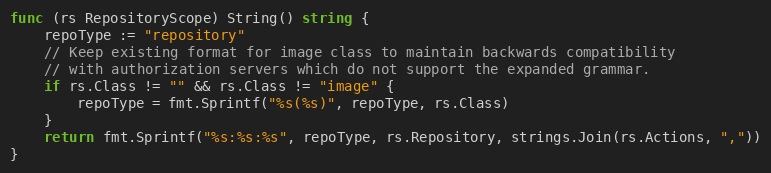
Language: Go
func (rs RepositoryScope) String() string {
	repoType := "repository"
	// Keep existing format for image class to maintain backwards compatibility
	// with authorization servers which do not support the expanded grammar.
	if rs.Class != "" && rs.Class != "image" {
		repoType = fmt.Sprintf("%s(%s)", repoType, rs.Class)
	}
	return fmt.Sprintf("%s:%s:%s", repoType, rs.Repository, strings.Join(rs.Actions, ","))
}